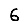
Digit: 6